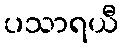
ပသာရယီ